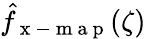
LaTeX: \hat{f}_{\mathrm{~x~-~m~a~p~}}(\zeta)